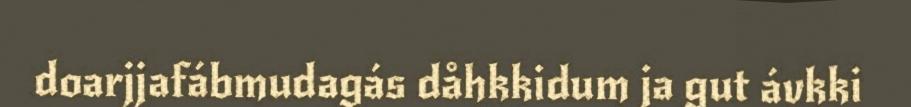
doarjjafábmudagás dåhkkidum ja gut ávkki